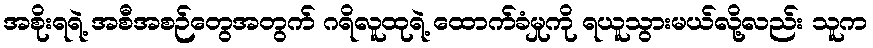
အစိုးရရဲ့ အစီအစဉ်တွေအတွက် ဂရိလူထုရဲ့ ထောက်ခံမှုကို ရယူသွားမယ်လို့လည်း သူက